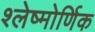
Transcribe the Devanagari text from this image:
श्लेष्मोर्णिक